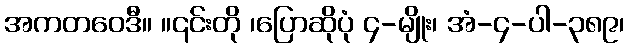
အကတဝေဒီ။ ။၎င်းတို ၊ပြောဆိုပုံ ၄-မျိုး၊ အံ-၄-ပါ-၃၈၉၊